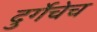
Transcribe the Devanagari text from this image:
दुर्गेचेच